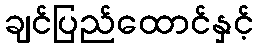
ချင်ပြည်ထောင်နှင့်